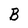
Character: B